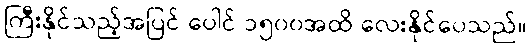
ကြီးနိုင်သည့်အပြင် ပေါင် ၁၅၀၀အထိ လေးနိုင်ပေသည်။